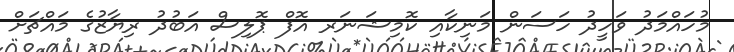
މުހައްމަދު ވަހީދު ހަސަން މަނިކާއި ކޮމިޝަނަރ އޮފް ޕޮލިސް އަބުދު ރިޔާޒުގެ މައްޗަށް